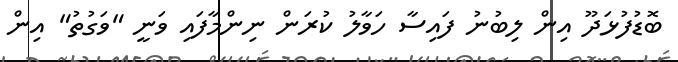
ބޮޑުފުޅަދޫ އިން ލިބުނު ފައިސާ ހަވާލު ކުރަން ނިންމާފައި ވަނީ "ވަގުތު" އިން